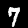
Label: 7